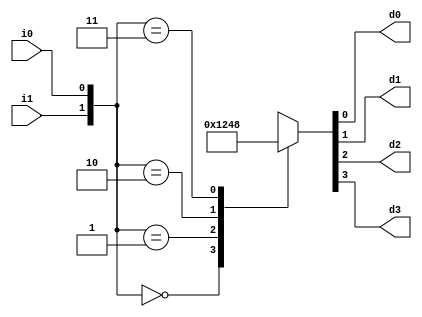
module decoder(
    input         i0,
    input         i1,
    output  reg   d0,
    output  reg   d1,
    output  reg   d2,
    output  reg   d3
);

//combinational circuit
always@(*)begin
    case({i1, i0}) // i0 i1  2bit  case
    2'b00 : {d3, d2, d1, d0} = 4'b0001;
    2'b01 : {d3, d2, d1, d0} = 4'b0010;
    2'b10 : {d3, d2, d1, d0} = 4'b0100;
    2'b11 : {d3, d2, d1, d0} = 4'b1000;
    default : {d3, d2, d1, d0} = 4'b0000;
    endcase
end

endmodule